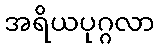
အရိယပုဂ္ဂလာ